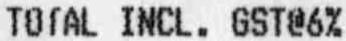
TOTAL INCL. GST@6%